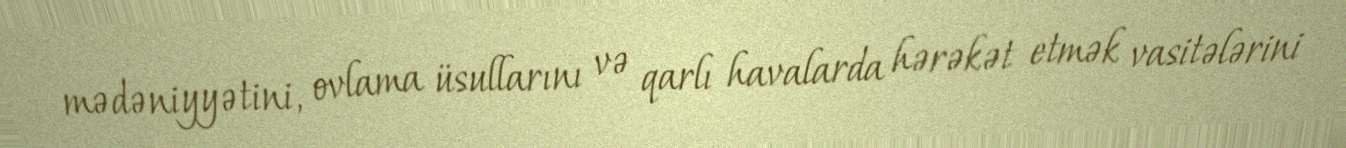
mədəniyyətini, ovlama üsullarını və qarlı havalarda hərəkət etmək vasitələrini